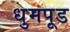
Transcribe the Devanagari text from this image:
धुमपूड